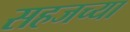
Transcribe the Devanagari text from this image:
सहजच्या